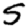
Digit: 5